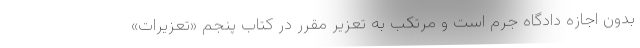
بدون اجازه دادگاه جرم است و مرتکب به تعزیر مقرر در کتاب پنجم «تعزیرات»